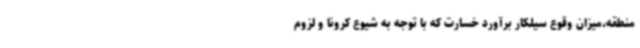
منطقه،میزان وقوع سیلکار برآورد خسارت که با توجه به شیوع کرونا و لزوم